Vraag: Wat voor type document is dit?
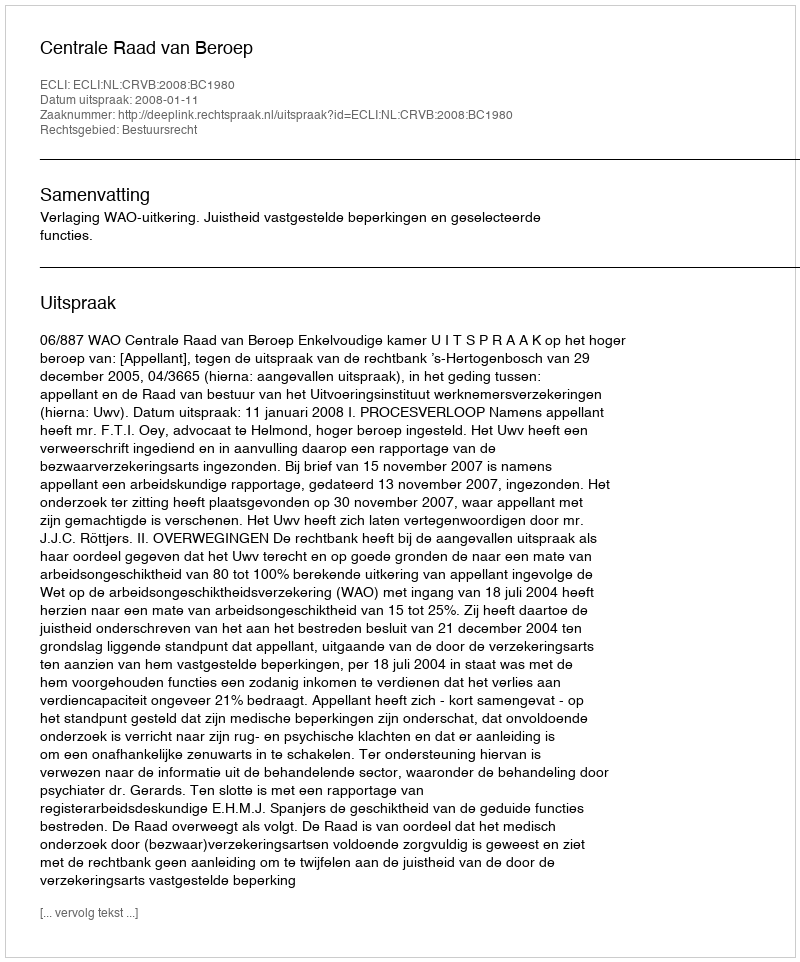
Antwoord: Uitspraak